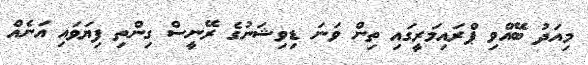
މިއަދު ބޭއްވި ޕްރައިމަރީގައި ތިން ވަނަ ޑިވިޝަނުގެ ރޭނީސް ގިންތި ފިޔަވައި އަނެއް